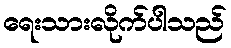
ရေးသားလိုက်ပါသည်